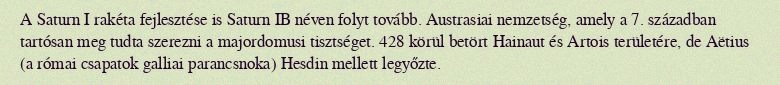
A Saturn I rakéta fejlesztése is Saturn IB néven folyt tovább. Austrasiai nemzetség, amely a 7. században tartósan meg tudta szerezni a majordomusi tisztséget. 428 körül betört Hainaut és Artois területére, de Aëtius (a római csapatok galliai parancsnoka) Hesdin mellett legyőzte.